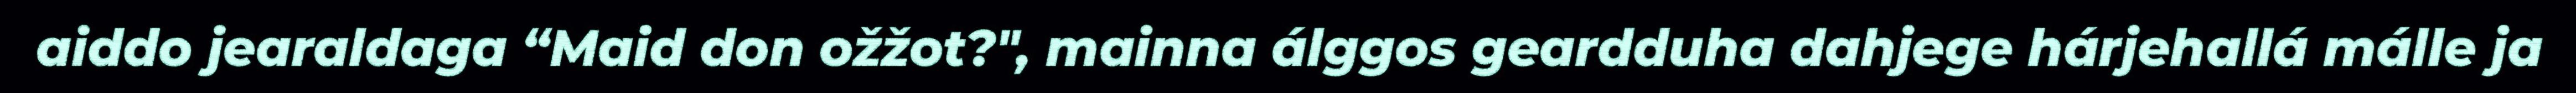
aiddo jearaldaga “Maid don ožžot?", mainna álggos geardduha dahjege hárjehallá málle ja